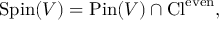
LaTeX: \operatorname { S p i n } ( V ) = \operatorname { P i n } ( V ) \cap \operatorname { C l } ^ { \mathrm { e v e n } } ,